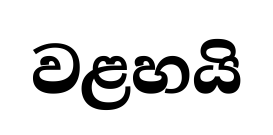
වළහයි